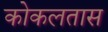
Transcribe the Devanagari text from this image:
कोकलतास